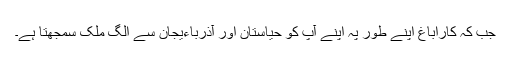
جب کہ کاراباغ اپنے طور پہ اپنے آپ کو حیاستان اور آذرباءیجان سے الگ ملک سمجھتا ہے۔